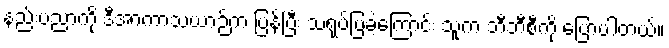
နည်းပညာကို ဒီအာကာသယာဉ်က ပြန်ပြီး သရုပ်ပြခဲ့ကြောင်း သူက ဘီဘီစီကို ပြောပါတယ်။